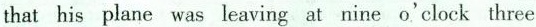
that his plane was leaving at nineo'clock three